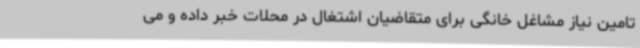
تامین نیاز مشاغل خانگی برای متقاضیان اشتغال در محلات خبر داده و می